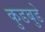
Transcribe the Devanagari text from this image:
कुडबुडे